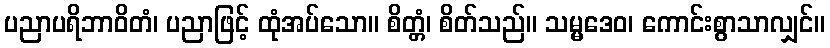
ပညာပရိဘာဝိတံ၊ ပညာဖြင့် ထုံအပ်သော။ စိတ္တံ၊ စိတ်သည်။ သမ္မဒေဝ၊ ကောင်းစွာသာလျှင်။